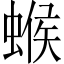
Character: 䗔